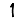
Digit: 1